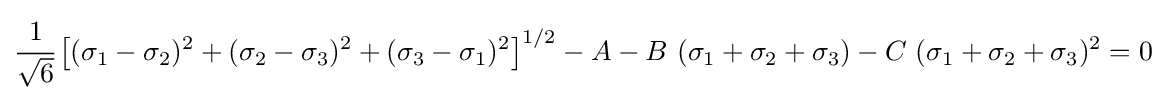
{\cfrac {1}{\sqrt {6}}}\left[(\sigma _{1}-\sigma _{2})^{2}+(\sigma _{2}-\sigma _{3})^{2}+(\sigma _{3}-\sigma _{1})^{2}\right]^{1/2}-A-B~(\sigma _{1}+\sigma _{2}+\sigma _{3})-C~(\sigma _{1}+\sigma _{2}+\sigma _{3})^{2}=0~